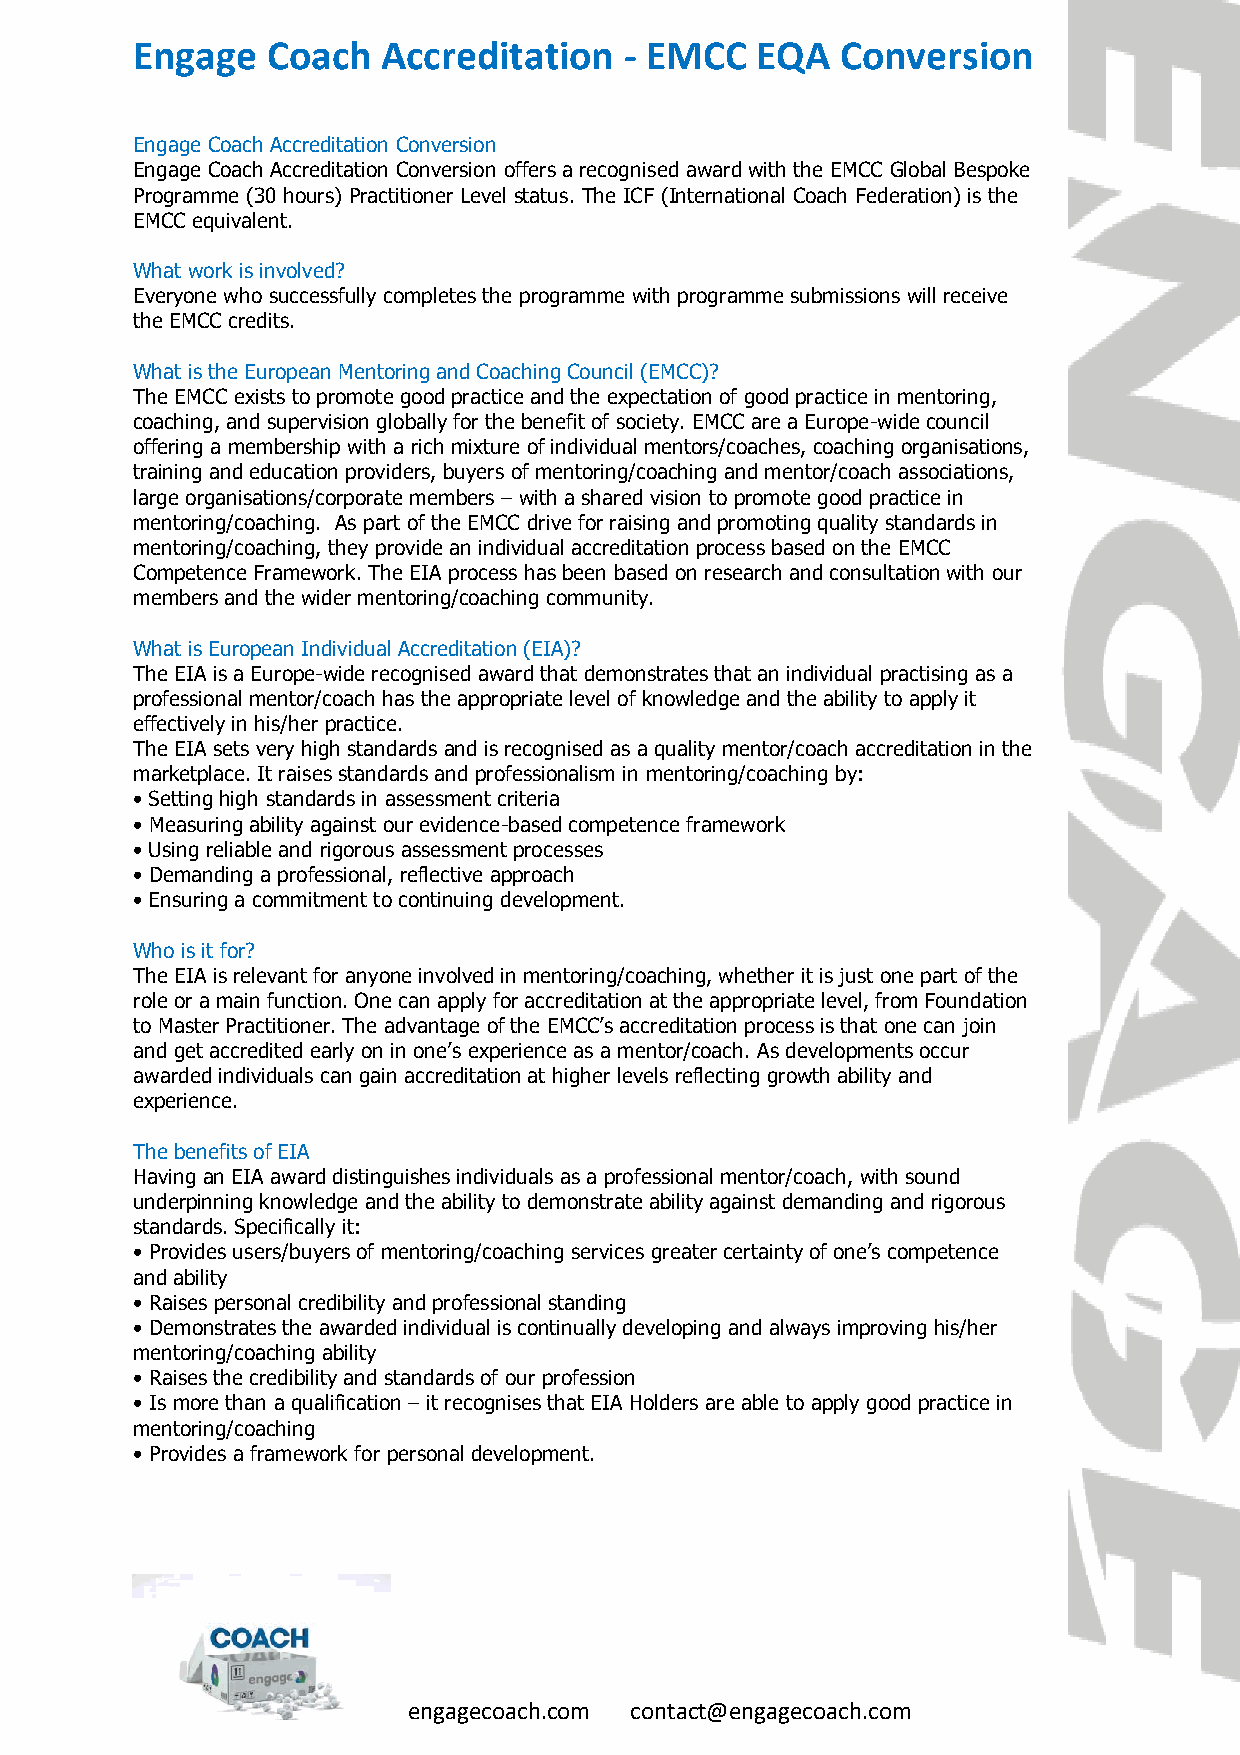
Engage   Coach  Accreditation   - EMCC   EQA   Conversion
 Engage Coach Accreditation Conversion
 Engage Coach Accreditation Conversion offers a recognised award with the EMCC Global Bespoke
 Programme (30 hours) Practitioner Level status. The ICF (International Coach Federation) is the
 EMCC equivalent.
 What work is involved?
 Everyone who successfully completes the programme with programme submissions will receive
 the EMCC credits.
 What is the European Mentoring and Coaching Council (EMCC)?
 The EMCC exists to promote good practice and the expectation of good practice in mentoring,
 coaching, and supervision globally for the benefit of society. EMCC are a Europe-wide council
 offering a membership with a rich mixture of individual mentors/coaches, coaching organisations,
 training and education providers, buyers of mentoring/coaching and mentor/coach associations,
 large organisations/corporate members – with a shared vision to promote good practice in
 mentoring/coaching. As part of the EMCC drive for raising and promoting quality standards in
 mentoring/coaching, they provide an individual accreditation process based on the EMCC
 Competence Framework. The EIA process has been based on research and consultation with our
 members and the wider mentoring/coaching community.
 What is European Individual Accreditation (EIA)?
 The EIA is a Europe-wide recognised award that demonstrates that an individual practising as a
 professional mentor/coach has the appropriate level of knowledge and the ability to apply it
 effectively in his/her practice.
 The EIA sets very high standards and is recognised as a quality mentor/coach accreditation in the
 marketplace. It raises standards and professionalism in mentoring/coaching by:
 • Setting high standards in assessment criteria
 • Measuring ability against our evidence-based competence framework
 • Using reliable and rigorous assessment processes
 • Demanding a professional, reflective approach
 • Ensuring a commitment to continuing development.
 Who is it for?
 The EIA is relevant for anyone involved in mentoring/coaching, whether it is just one part of the
 role or a main function. One can apply for accreditation at the appropriate level, from Foundation
 to Master Practitioner. The advantage of the EMCC’s accreditation process is that one can join
 and get accredited early on in one’s experience as a mentor/coach. As developments occur
 awarded individuals can gain accreditation at higher levels reflecting growth ability and
 experience.
 The benefits of EIA
 Having an EIA award distinguishes individuals as a professional mentor/coach, with sound
 underpinning knowledge and the ability to demonstrate ability against demanding and rigorous
 standards. Specifically it:
 • Provides users/buyers of mentoring/coaching services greater certainty of one’s competence
 and ability
 • Raises personal credibility and professional standing
 • Demonstrates the awarded individual is continually developing and always improving his/her
 mentoring/coaching ability
 • Raises the credibility and standards of our profession
 • Is more than a qualification – it recognises that EIA Holders are able to apply good practice in
 mentoring/coaching
 • Provides a framework for personal development.
 engagecoach.com contact@engagecoach.com